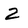
Character: 2